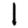
Digit: 1